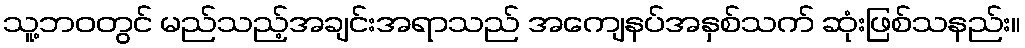
သူ့ဘဝတွင် မည်သည့်အချင်းအရာသည် အကျေနပ်အနှစ်သက် ဆုံးဖြစ်သနည်း။